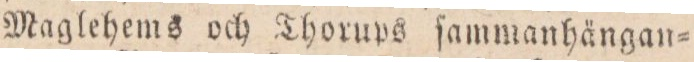
Maglehems och Thorups ſammanhängan=